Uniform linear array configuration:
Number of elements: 32
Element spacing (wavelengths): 0.75
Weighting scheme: cosine
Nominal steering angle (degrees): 60
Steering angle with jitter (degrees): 60.065
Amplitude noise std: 0.05
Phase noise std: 0.05

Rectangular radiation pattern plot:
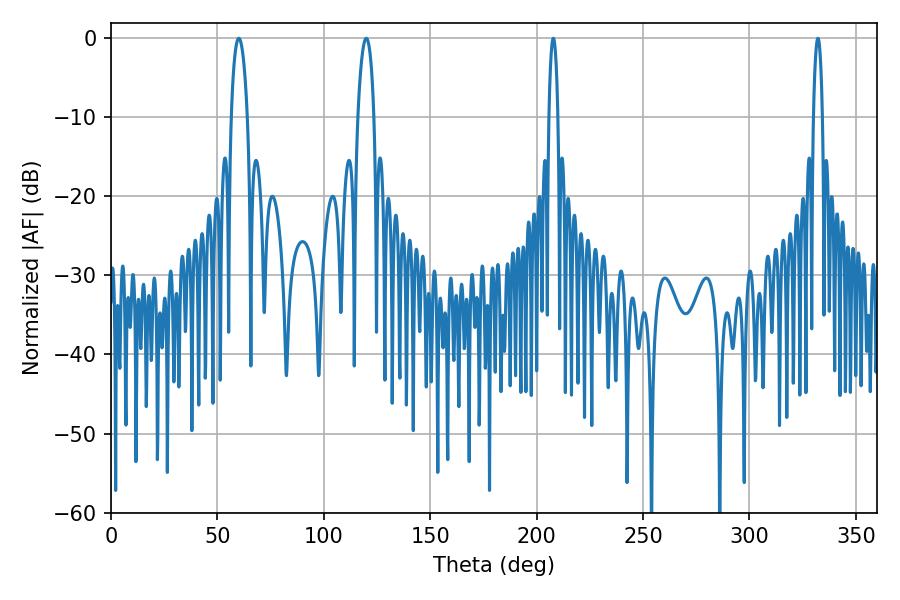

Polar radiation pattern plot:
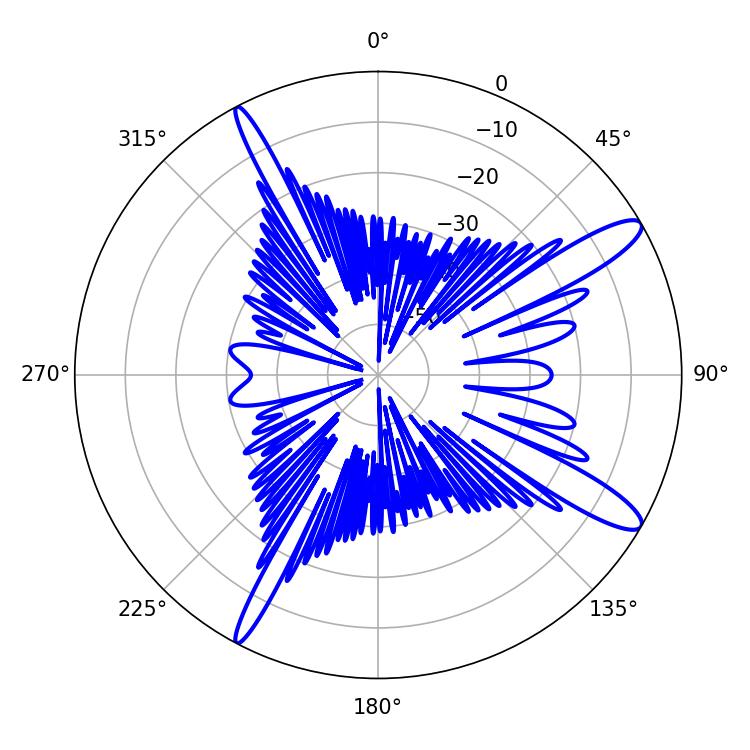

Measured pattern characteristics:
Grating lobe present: TRUE
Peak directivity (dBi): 12.961
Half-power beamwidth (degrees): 4.32
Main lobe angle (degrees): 60.12